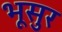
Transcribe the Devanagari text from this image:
भूसुर